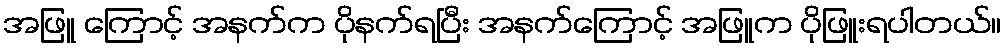
အဖြူ ကြောင့် အနက်က ပိုနက်ရပြီး အနက်ကြောင့် အဖြူက ပိုဖြူးရပါတယ်။